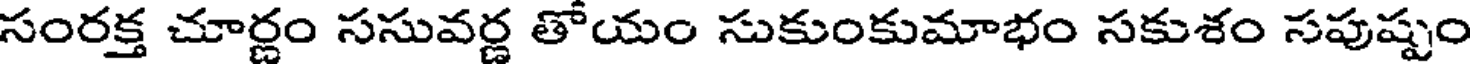
సంరక్త చూర్ణం ససువర్ణ తోయం సుకుంకుమాభం సకుశం సపుష్పం